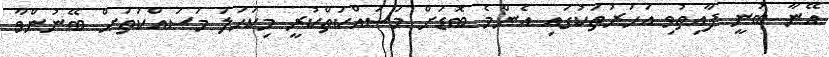
އޭނާ ބުނީ ފާއިތުވި އަހަރުތަކުގައި އެންމެ ބޮޑަށް މަސައްކަތްކުރީ މިކަހަލަ މަސައްކަތަށް ބޭނުންވާ